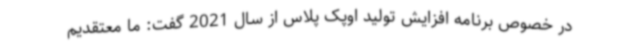
در خصوص برنامه افزایش تولید اوپک پلاس از سال 2021 گفت: ما معتقدیم